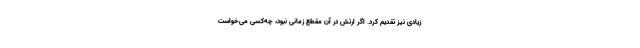
زیادی نیز تقدیم کرد. اگر ارتش در آن مقطع زمانی نبود، چه‌کسی می‌خواست